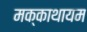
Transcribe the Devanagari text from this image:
मक्काथायम